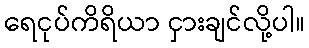
ရေငုပ်ကိရိယာ ငှားချင်လို့ပါ။